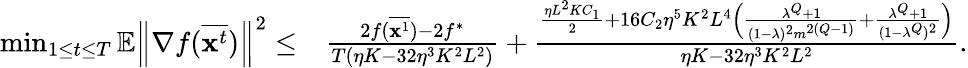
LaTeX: \begin{array}{rl}{\operatorname*{min}_{1\le t\le T}\mathbb{E}\left\| \nabla f(\overline{{\mathbf{x}^{t}}})\right\| ^{2}\leq}&{\frac{2f(\overline{{{\mathbf x}^{1}}})-2f^{*}}{T(\eta K-32\eta^{3}K^{2}L^{2})}+\frac{\frac{\eta L^{2}KC_{1}}{2}+16C_{2}\eta^{5}K^{2}L^{4}\Big(\frac{\lambda^{Q}+1}{(1-\lambda)^{2}m^{2(Q-1)}}+\frac{\lambda^{Q}+1}{(1-\lambda^{Q})^{2}}\Big)}{\eta K-32\eta^{3}K^{2}L^{2}}.}\end{array}